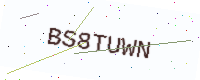
Text: BS8TUWN